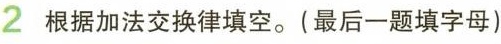
2根据加法交换律填空。(最后一题填字母)